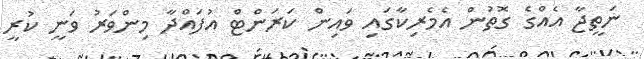
ނަތީޖާ އެއްގެ ގޮތުން އެމެރިކާގައި ވައިން ކަރަންޓް އުފައްދާ މިންވަރު ވަނީ ކުރީ